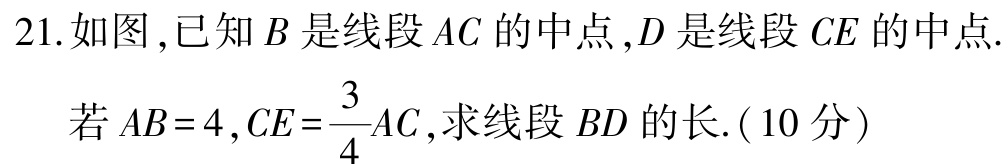
21.如图,已知\(B\)是线段\(AC\)的中点,\(D\)是线段\(CE\)的中点.

若\(AB = 4,CE=\frac{3}{4}AC\),求线段\(BD\)的长.(10分)